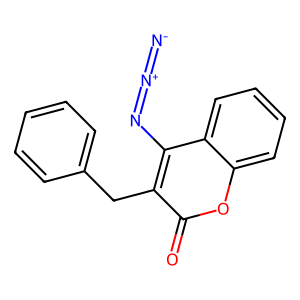
SMILES: [N-]=[N+]=Nc1c(Cc2ccccc2)c(=O)oc2ccccc12
Inhibits HIV replication: No